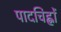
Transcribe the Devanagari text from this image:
पादचिह्नों